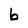
Character: b